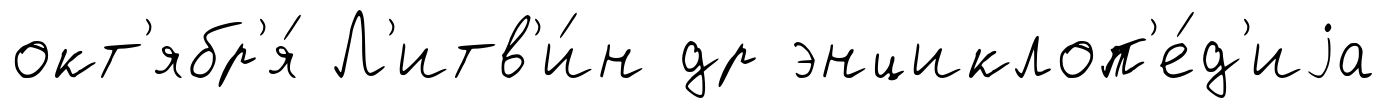
окт'ябр'я́ Л'итв'и́н др энциклоп'е́д'иjа